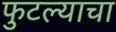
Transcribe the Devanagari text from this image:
फुटल्याचा